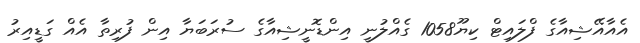
އެއާއޭޝިއާގެ ފްލައިޓް ކިޔޫ1058 ގެއްލުނީ އިންޑޮނީޝިއާގެ ސުރަބަޔާ އިން ފުރިތާ އެއް ގަޑީއިރު